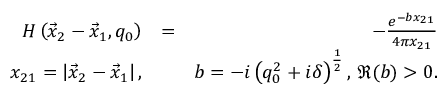
\begin{array} { r l r } { H \left( \vec { x } _ { 2 } - \vec { x } _ { 1 } , q _ { 0 } \right) } & { = } & { - \frac { e ^ { - b x _ { 2 1 } } } { 4 \pi x _ { 2 1 } } } \\ { x _ { 2 1 } = \left| \vec { x } _ { 2 } - \vec { x } _ { 1 } \right| , } & { } & { b = - i \left( q _ { 0 } ^ { 2 } + i \delta \right) ^ { \frac { 1 } { 2 } } , \, \Re ( b ) > 0 . } \end{array}